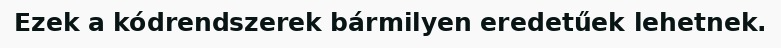
Ezek a kódrendszerek bármilyen eredetűek lehetnek.